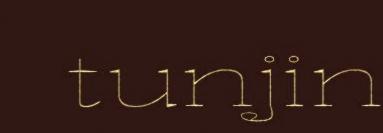
tunjin